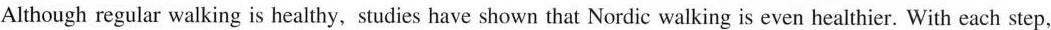
Although regular walking is healthy,studies have shown that Nordic walking is even healthier. With each step，